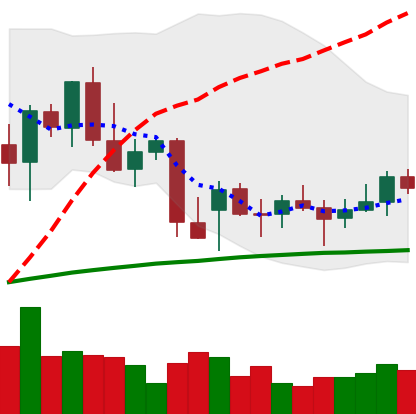
Ticker: BNB-USD
Chart end date: 2021-12-24
Forward return: -5.149%
Label: down_5_7